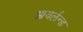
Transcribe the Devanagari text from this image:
आयर्लन्ड